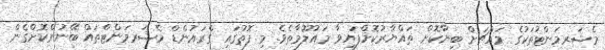
މެޝަރމަންޓުތަކުގެ މައްޗަށް ބިނާކޮށް ތައްޔާރުކޮށްފައިވާ މައުލޫމާތެވެ. މި ފޮތުގައި ގްރައުންޑް މެޝަރމަންޓްތައް ބޭނުންކޮށްގެން